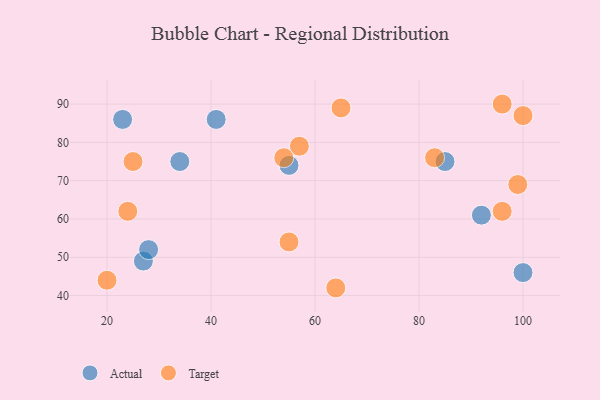
{"axis": {"x": "GDP", "y": "Life Expectancy"}, "legend": ["Actual", "Target"], "data": [{"x": "41", "y": 86, "type": "Actual"}, {"x": "85", "y": 75, "type": "Actual"}, {"x": "23", "y": 86, "type": "Actual"}, {"x": "34", "y": 75, "type": "Actual"}, {"x": "100", "y": 46, "type": "Actual"}, {"x": "55", "y": 74, "type": "Actual"}, {"x": "27", "y": 49, "type": "Actual"}, {"x": "92", "y": 61, "type": "Actual"}, {"x": "28", "y": 52, "type": "Actual"}, {"x": "99", "y": 69, "type": "Target"}, {"x": "57", "y": 79, "type": "Target"}, {"x": "96", "y": 62, "type": "Target"}, {"x": "96", "y": 90, "type": "Target"}, {"x": "24", "y": 62, "type": "Target"}, {"x": "83", "y": 76, "type": "Target"}, {"x": "20", "y": 44, "type": "Target"}, {"x": "100", "y": 87, "type": "Target"}, {"x": "64", "y": 42, "type": "Target"}, {"x": "25", "y": 75, "type": "Target"}, {"x": "55", "y": 54, "type": "Target"}, {"x": "54", "y": 76, "type": "Target"}, {"x": "65", "y": 89, "type": "Target"}]}